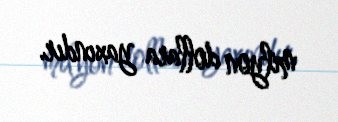
milyon dollara yaxındır.